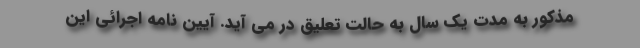
مذکور به مدت یک سال به حالت تعلیق در می آید. آیین نامه اجرائی این